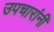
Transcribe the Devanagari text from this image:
उपचारांनीं